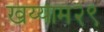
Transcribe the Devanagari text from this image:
खय्याम२९